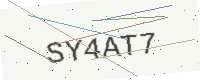
Text: SY4AT7